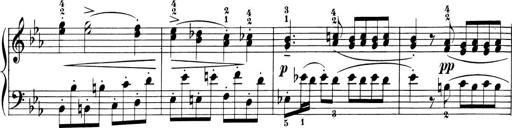
Title: 6 Piano Sonatinas
Composer: Cornelius Gurlitt